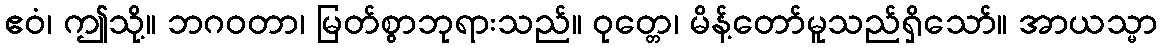
ဧဝံ၊ ဤသို့။ ဘဂဝတာ၊ မြတ်စွာဘုရားသည်။ ဝုတ္တေ၊ မိန့်တော်မူသည်ရှိသော်။ အာယသ္မာ